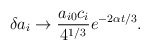
\begin{align*}\delta a_i \to \frac{a_{i0} c_i}{4^{1/3}} e^{-2\alpha t/3}.\end{align*}